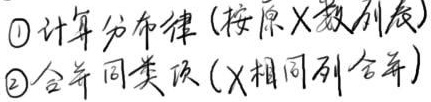
\textcircled{1} 计算分布律 (按原 \(X\) 数列序)
\textcircled{2} 合并同类项 (\(X\) 相同列合并)